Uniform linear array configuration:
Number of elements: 4
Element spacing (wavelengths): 0.25
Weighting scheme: blackman
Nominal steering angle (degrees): -60
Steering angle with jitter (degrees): -58.344
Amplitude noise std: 0.05
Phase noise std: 0.05

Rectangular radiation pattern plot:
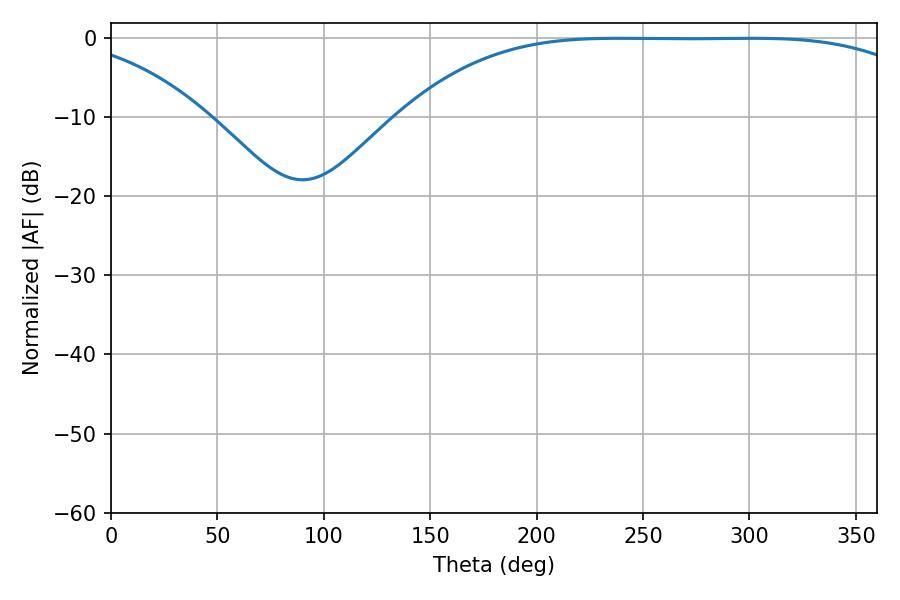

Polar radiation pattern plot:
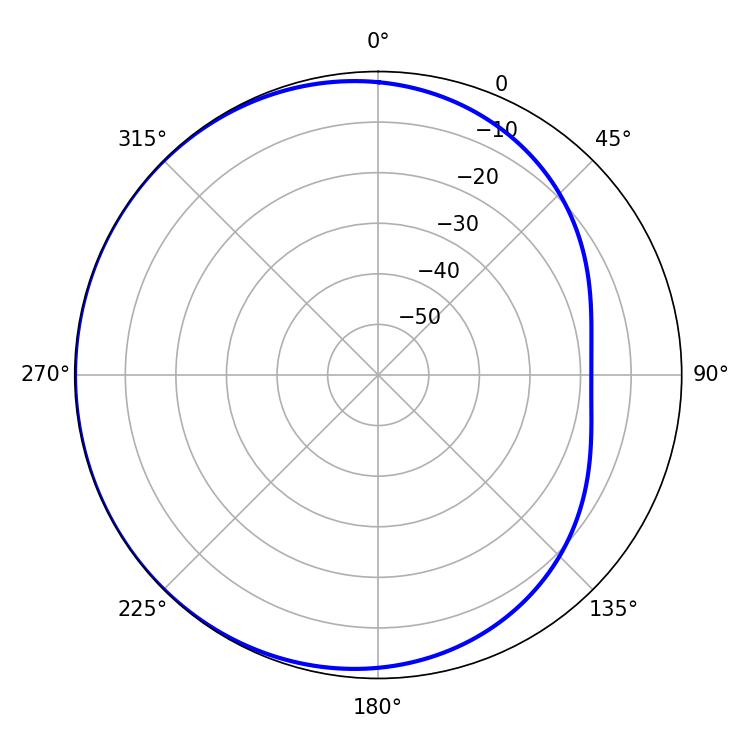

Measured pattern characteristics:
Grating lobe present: FALSE
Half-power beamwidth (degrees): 188.46
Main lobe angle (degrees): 238.68